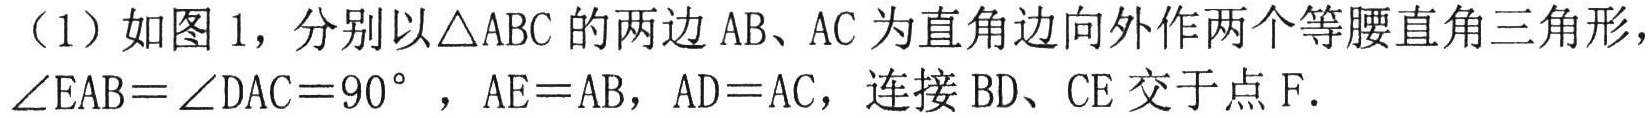
（1）如图 1，分别以\(\triangle ABC\)的两边\(AB\)、\(AC\)为直角边向外作两个等腰直角三角形，\(\angle EAB = \angle DAC = 90^{\circ}\)，\(AE = AB\)，\(AD = AC\)，连接\(BD\)、\(CE\)交于点\(F\).